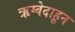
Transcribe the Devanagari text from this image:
ऋग्वेदाहून